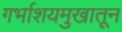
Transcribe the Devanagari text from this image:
गर्भाशयमुखातून